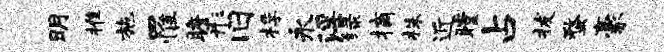
明推施罹瞻彤旧桴永淫绿摘株近瞠占拔蝥豪